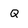
Character: Q